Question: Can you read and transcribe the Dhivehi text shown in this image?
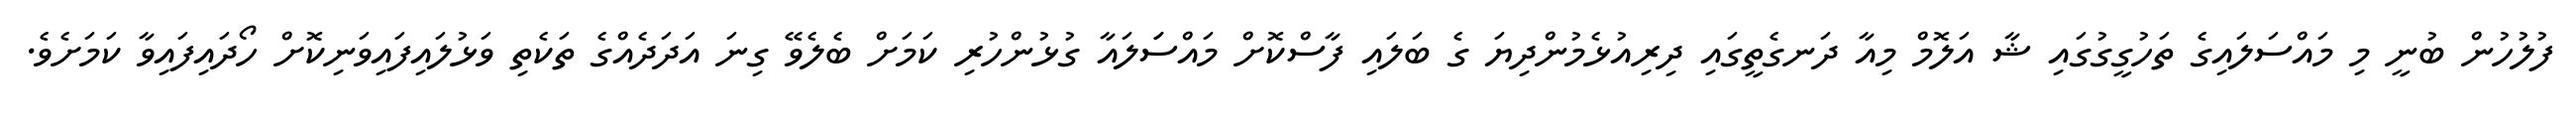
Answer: ފުލުހުން ބުނީ މި މައްސަލައިގެ ތަހުގީގުގައި ޝާ އަލޮމް މިއާ ދަނގެތީގައި ދިރިއުޅެމުންދިޔަ ގެ ބަލައި ފާސްކޮށް މައްސަަލައާ ގުޅުންހުރި ކަމަށް ބެލެވޭ ގިނަ އަދަދެއްގެ ތަކެތި ވަޅުލައިފައިވަނިކޮށް ހޯދައިފައިވާ ކަމަށެވެ.